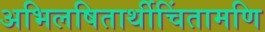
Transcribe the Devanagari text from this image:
अभिलषितार्थीचिंतामणि